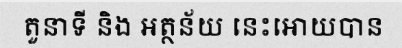
តួនាទី និង អត្ថន័យ នេះអោយបាន